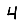
Digit: 4